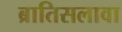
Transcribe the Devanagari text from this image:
ब्रातिसलावा